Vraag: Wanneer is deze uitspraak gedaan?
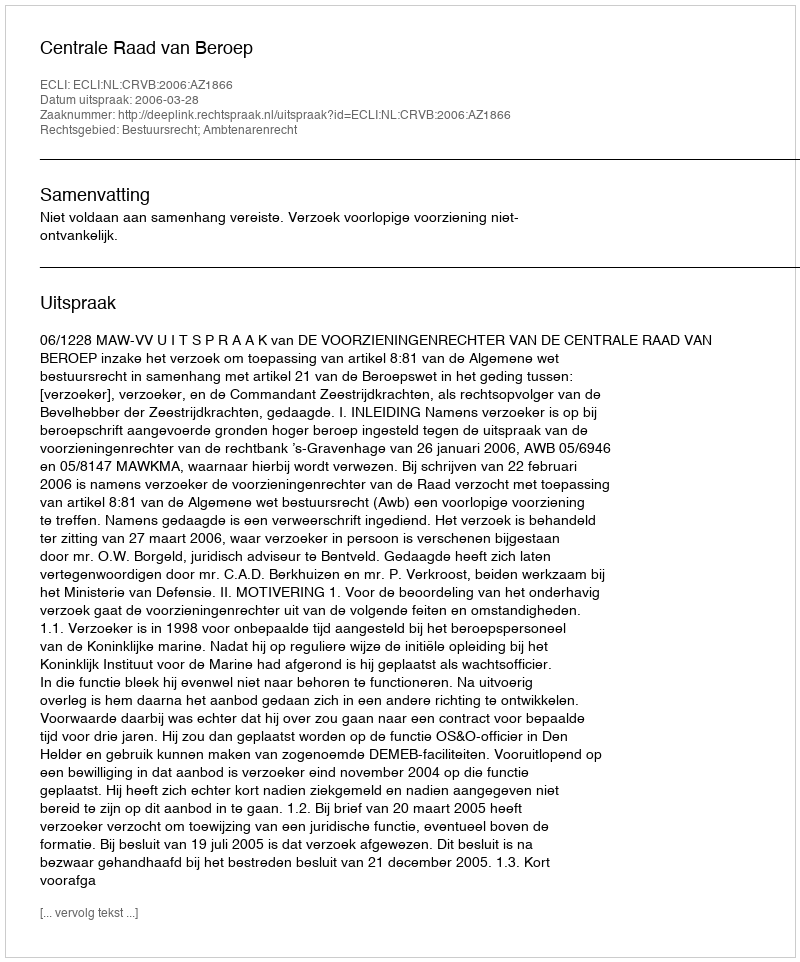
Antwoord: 2006-03-28